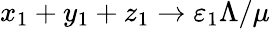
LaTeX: x_{1}+y_{1}+z_{1}\to\varepsilon_{1}\Lambda/\mu